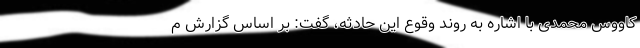
کاووس محمدی با اشاره به روند وقوع این حادثه، گفت: بر اساس گزارش م